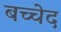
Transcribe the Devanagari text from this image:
बच्चेद